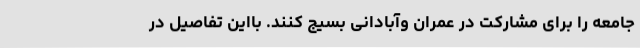
جامعه را برای مشارکت در عمران وآبادانی بسیج کنند. بااین تفاصیل در